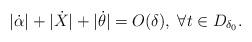
LaTeX: \begin{align*}|\dot{\alpha}|+ |\dot{X}| + |\dot{\theta}| =O(\delta), \; \forall t \in D_{\delta_0}.\end{align*}